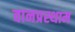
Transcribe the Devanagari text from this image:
वानप्रस्थाम